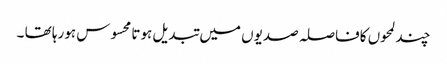
چند لمحوں کافاصلہ صدیوں میں تبدیل ہوتا محسوس ہورہا تھا ۔